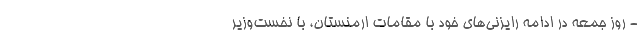
- روز جمعه در ادامه رایزنی‌های خود با مقامات ارمنستان، با نخست‌وزیر